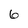
Character: 6